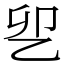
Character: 乮